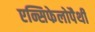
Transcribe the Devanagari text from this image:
एन्सिफेलोपैथी